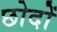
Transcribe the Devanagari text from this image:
छोदों